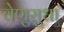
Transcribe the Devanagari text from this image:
वेणुसुधा